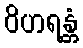
ဝိဟရန္တံ